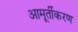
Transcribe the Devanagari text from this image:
आमूर्तीकरण